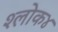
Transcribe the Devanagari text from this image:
श्लोक४